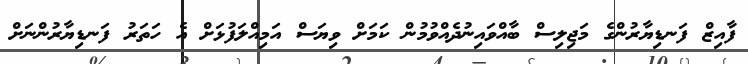
ފާއިޒް ފަނޑިޔާރުންގެ މަޖިލިސް ބާއްވައިނުދެއްވުމުން ކަމަށް ވިޔަސް އަމިއްލަފުޅަށް އެ ހަތަރު ފަނޑިޔާރުންނަށް